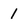
Character: 1